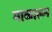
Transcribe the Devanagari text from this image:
माकारून